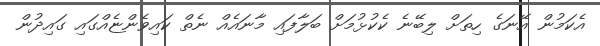
އެކަމުން އޭނަގެ ހިތަށް ލިބޭނެ ކެކުޅުމަށް ބަލާފައި މާނައެއް ނެތް ކައިވެންޏެއްގައި ގައިދުން